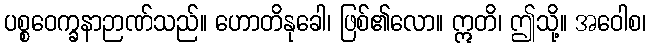
ပစ္စဝေက္ခနာဉာဏ်သည်။ ဟောတိနုခေါ၊ ဖြစ်၏လော။ ဣတိ၊ ဤသို့။ အဝေါစ၊